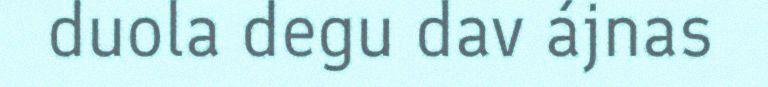
duola degu dav ájnas